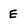
Character: E